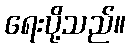
ရေးပို့သည်။